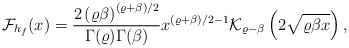
\begin{align*}\mathcal{F}_{h_{f}}(x)=\frac{2\left(\varrho \beta \right)^{\left(\varrho+\beta\right)/2}}{\Gamma(\varrho)\Gamma(\beta)}{x}^{\left(\varrho+\beta\right)/2-1} \mathcal{K}_{\varrho-\beta}\left(2\sqrt{\varrho\beta x}\right),\end{align*}